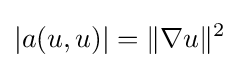
|a(u,u)|=\|\nabla u\|^{2}